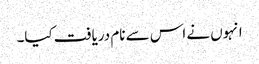
انہوں نے اس سے نام دریافت کیا۔